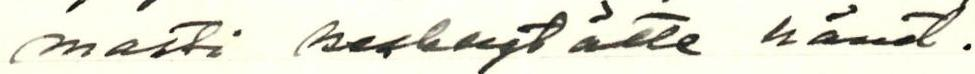
masti keskeytätte hänet.